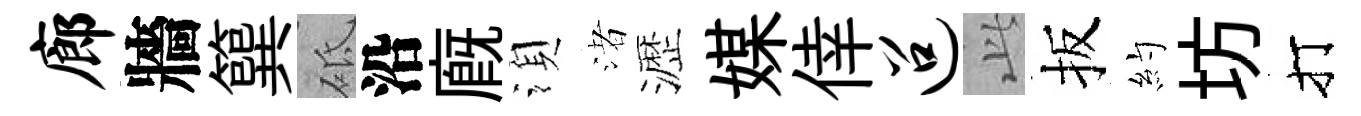
廊牆簨砥沿廐湏渚瀝媒倖迢𬼘扳約坊打